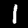
Label: 1